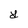
Character: Y